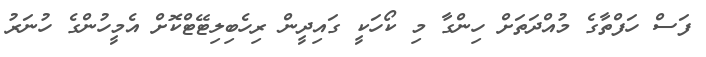
ފަސް ހަފްތާގެ މުއްދަތަށް ހިންގާ މި ކޯހަކީ ގައިދީން ރިހެބިލިޓޭޓްކޮށް އެމީހުންގެ ހުނަރު